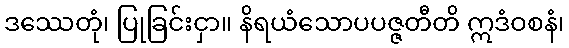
ဒဿေတုံ၊ ပြုခြင်းငှာ။ နိရယံသောပပဇ္ဇတီတိ ဣဒံဝစနံ၊